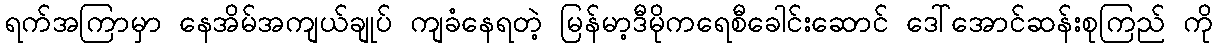
ရက်အကြာမှာ နေအိမ်အကျယ်ချုပ် ကျခံနေရတဲ့ မြန်မာ့ဒီမိုကရေစီခေါင်းဆောင် ဒေါ်အောင်ဆန်းစုကြည် ကို